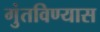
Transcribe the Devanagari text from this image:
गुंतविण्यास